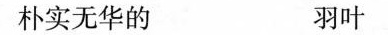
朴实无华的 羽叶